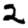
Digit: 2